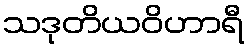
သဒုတိယဝိဟာရီ